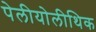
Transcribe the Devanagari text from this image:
पेलीयोलीथिक